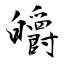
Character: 皭